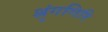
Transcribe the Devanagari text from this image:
श्रृंगगिरि